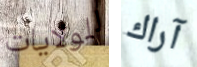
للولايات آراك